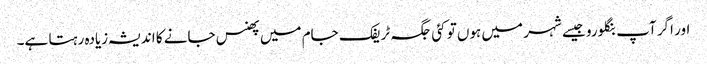
اور اگر آپ بنگلورو جیسے شہر میں ہوں تو کئی جگہ ٹریفک جام میں پھنس جانے کا اندیشہ زیادہ رہتا ہے۔